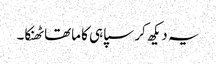
یہ دیکھ کر سپاہی کا ماتھا ٹھنکا۔